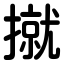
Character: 㩆